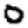
Digit: 0